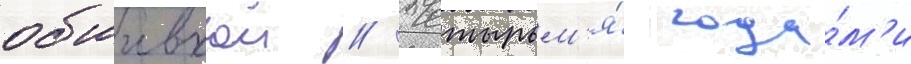
обшивкои // Четырьм'я́ года́м'и